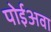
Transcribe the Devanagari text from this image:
पोईअवा